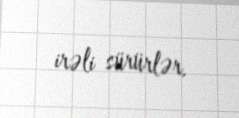
irəli sürürlər.